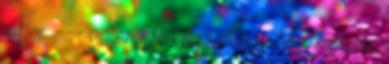
4. r. --- valami fonákság vagy hiba van, az